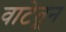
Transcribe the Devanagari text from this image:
वाटेतून